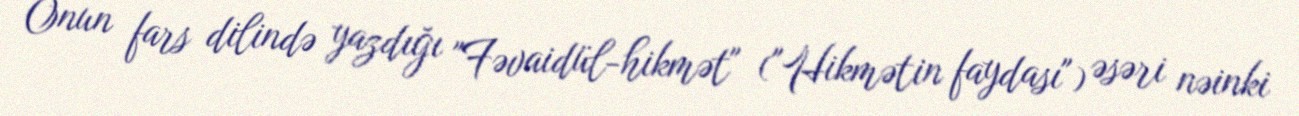
Onun fars dilində yazdığı "Fəvaidül-hikmət" ("Hikmətin faydası") əsəri nəinki